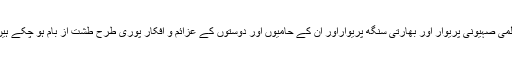
عالمی صہیونی پریوار اور بھارتی سنگھ پریواراور ان کے حامیوں اور دوستوں کے عزائم و افکار پوری طرح طشت از بام ہو چکے ہیں ۔